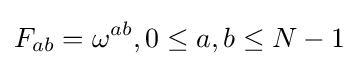
F_{ab}=\omega ^{ab},0\leq a,b\leq N-1